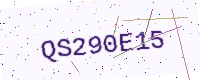
Text: QS290E15